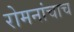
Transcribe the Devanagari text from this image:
रोमनांचाच